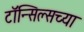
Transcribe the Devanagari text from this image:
टॉन्सिल्सच्या